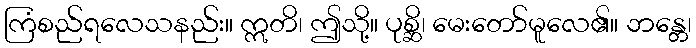
ကြံစည်ရလေသနည်း။ ဣတိ၊ ဤသို့။ ပုစ္ဆိ၊ မေးတော်မူလေ၏။ ဘန္တေ၊